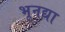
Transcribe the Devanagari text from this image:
भूनद्या